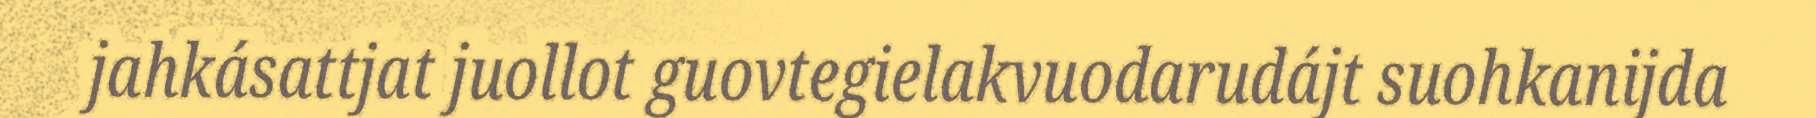
jahkásattjat juollot guovtegielakvuodarudájt suohkanijda